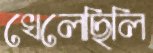
খেলেছিলি